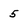
Character: 5